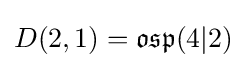
D(2,1)={\mathfrak {osp}}(4|2)